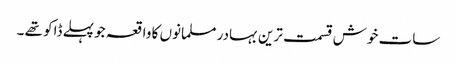
سات خوش قسمت ترین بہادر مسلمانوں کا واقعہ جو پہلے ڈاکو تھے ۔